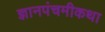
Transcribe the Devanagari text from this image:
ज्ञानपंचमीकथा